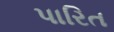
પારિત